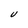
Character: V